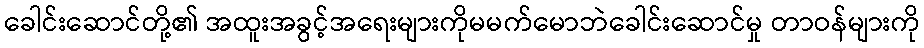
ခေါင်းဆောင်တို့၏ အထူးအခွင့်အရေးများကိုမမက်မောဘဲခေါင်းဆောင်မှု တာဝန်များကို